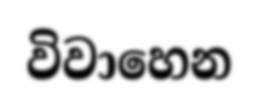
විවාහෙන